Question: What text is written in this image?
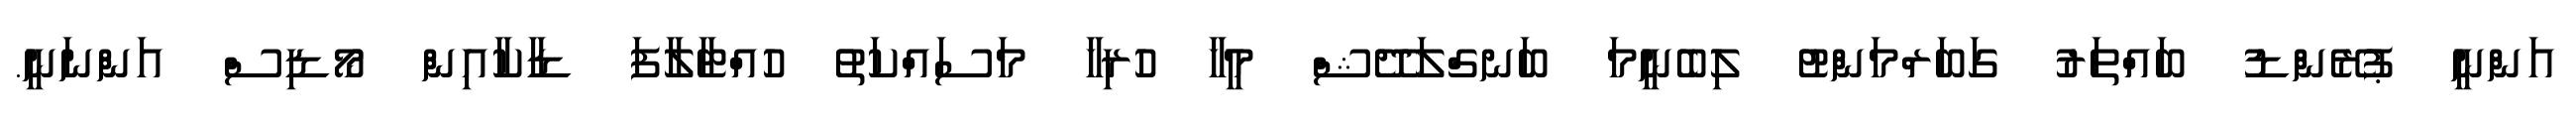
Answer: އަންނީ ޕުރޭންޑު ބައްތަރު ގަބަރްމަންޓު ލިބެނީމަ ބަނގްލަދޭޝް މީހާ ހުރިހާ މަސައްކަތު ހުއްޓާލާފަ ޑާކާއިން މޯޑިސް އަންނަނީ.